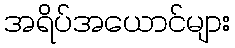
အရိပ်အယောင်များ